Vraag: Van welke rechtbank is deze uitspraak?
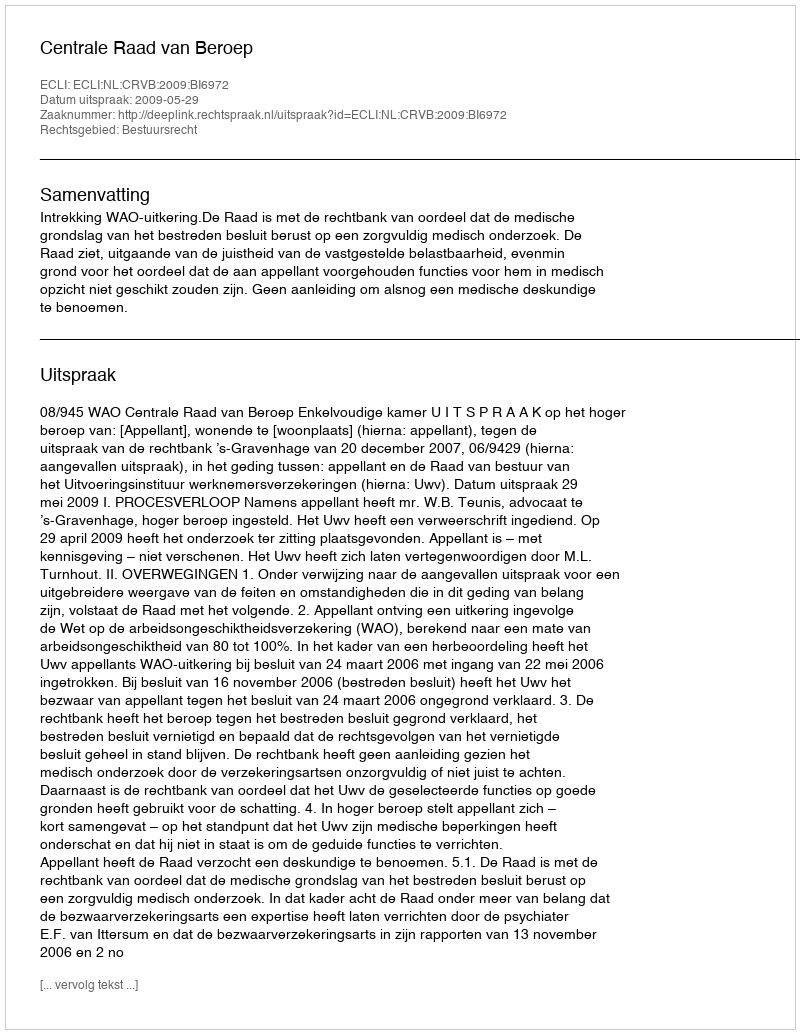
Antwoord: Centrale Raad van Beroep